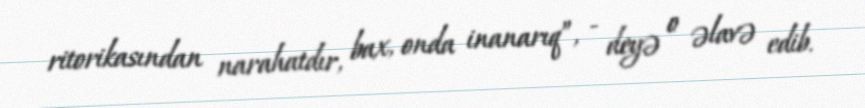
ritorikasından narahatdır, bax, onda inanarıq”, - deyə o əlavə edib.